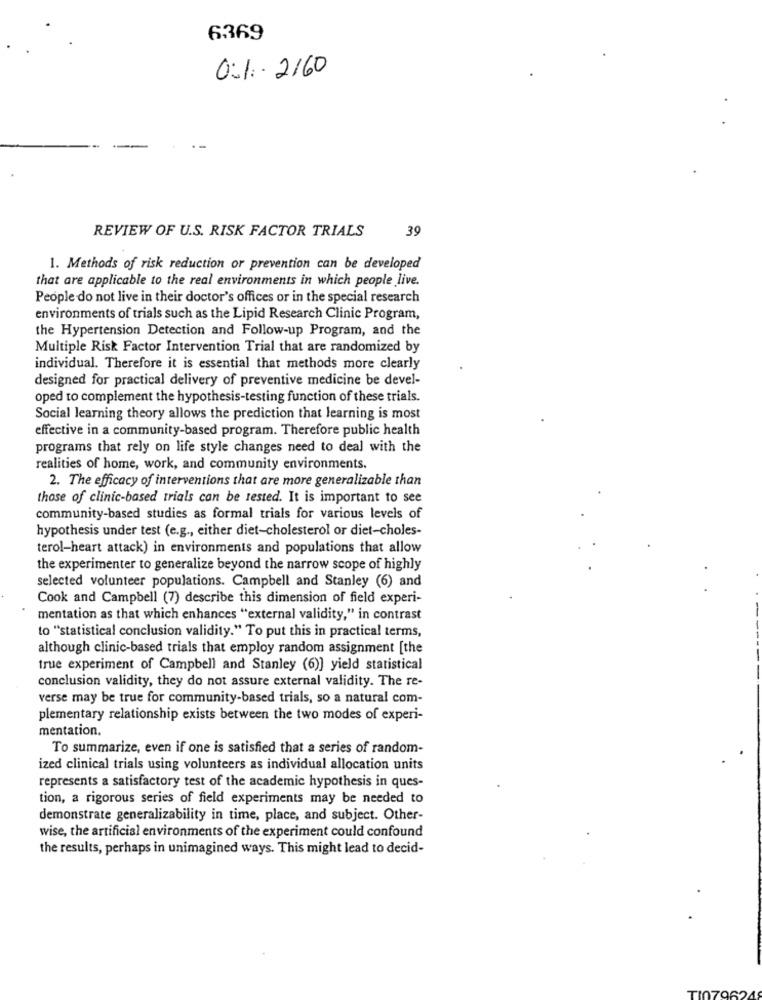
6369
0:1. 2160
REVIEW OF U.S. RISK FACTOR TRIALS
39
1. Methods of risk reduction or prevention can be developed
that are applicable to the real environments in which people live.
People do not live in their doctor's offices or in the special research
environments of trials such as the Lipid Research Clinic Program,
the Hypertension Detection and Follow-up Program, and the
Multiple Risk Factor Intervention Trial that are randomized by
individual. Therefore it is essential that methods more clearly
designed for practical delivery of preventive medicine be devel-
oped to complement the hypothesis-testing function of these trials.
Social learning theory allows the prediction that learning is most
effective in a community-based program. Therefore public health
programs that rely on life style changes need to deal with the
realities of home, work, and community environments.
2. The efficacy of interventions that are more generalizable than
those of clinic-based trials can be tested. It is important to see
community-based studies as formal trials for various levels of
hypothesis under test (e.g ., either diet-cholesterol or diet-choles-
terol-heart attack) in environments and populations that allow
the experimenter to generalize beyond the narrow scope of highly
selected volunteer populations. Campbell and Stanley (6) and
Cook and Campbell (7) describe this dimension of field experi-
mentation as that which enhances "external validity," in contrast
to "statistical conclusion validity." To put this in practical terms,
although clinic-based trials that employ random assignment [the
true experiment of Campbell and Stanley (6)] yield statistical
conclusion validity, they do not assure external validity. The re-
verse may be true for community-based trials, so a natural com-
plementary relationship exists between the two modes of experi-
mentation.
To summarize, even if one is satisfied that a series of random-
ized clinical trials using volunteers as individual allocation units
represents a satisfactory test of the academic hypothesis in ques-
tion, a rigorous series of field experiments may be needed to
demonstrate generalizability in time, place, and subject. Other-
wise, the artificial environments of the experiment could confound
the results, perhaps in unimagined ways. This might lead to decid-